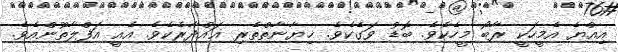
އިއްޔެ އެމީހަކީ ރާބޯ މީހެކެވެ. ބޮޑު ވަގެކެވެ. ޚިޔާނާތްތެރި ޣައްދާރެކެވެ. އެއީ އަފްލާތޫންއެވެ.